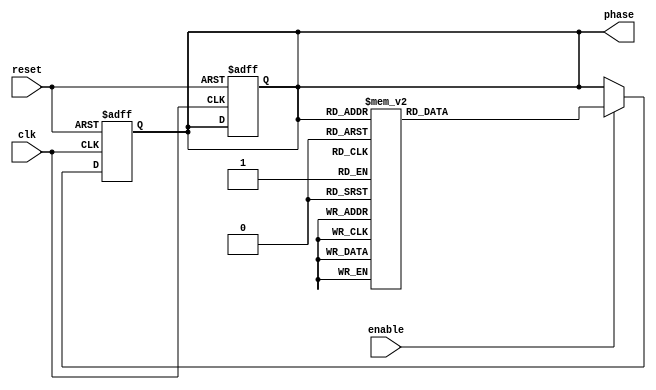
module gray_counter_clock_divider (
    input clk,
    input reset,
    input enable,
    output reg [3:0] phase
);

reg [3:0] gray_counter_reg;

always @(posedge clk or posedge reset) begin
    if (reset) begin
        gray_counter_reg <= 4'b0000;
        phase <= 4'b0000;
    end else if (enable) begin
        case(gray_counter_reg)
            4'b0000: gray_counter_reg <= 4'b0001;
            4'b0001: gray_counter_reg <= 4'b0011;
            4'b0011: gray_counter_reg <= 4'b0010;
            4'b0010: gray_counter_reg <= 4'b0110;
            4'b0110: gray_counter_reg <= 4'b0111;
            4'b0111: gray_counter_reg <= 4'b0101;
            4'b0101: gray_counter_reg <= 4'b0100;
            4'b0100: gray_counter_reg <= 4'b1100;
            4'b1100: gray_counter_reg <= 4'b1101;
            4'b1101: gray_counter_reg <= 4'b1111;
            4'b1111: gray_counter_reg <= 4'b1110;
            4'b1110: gray_counter_reg <= 4'b1010;
            4'b1010: gray_counter_reg <= 4'b1011;
            4'b1011: gray_counter_reg <= 4'b1001;
            4'b1001: gray_counter_reg <= 4'b1000;
            4'b1000: gray_counter_reg <= 4'b0000;
            default: gray_counter_reg <= 4'b0000;
        endcase
    end
end

assign phase = gray_counter_reg;

endmodule